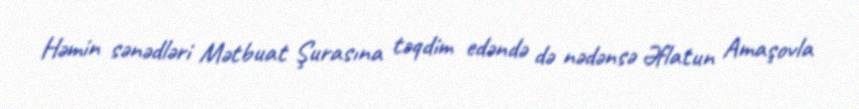
Həmin sənədləri Mətbuat Şurasına təqdim edəndə də nədənsə Əflatun Amaşovla